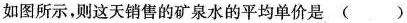
如图所示，则这天销售的矿泉水的平均单价是( )